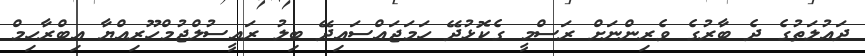
ދައުލަތުގެ ދެ ބާރުގެ ވެރިންނަށް ރަސްމީ ގެކޮޅުދޭ ހަމަޖައްސައިދޭ ބިލު ރައީސުލްޖުމްހޫރިއްޔާ އިބްރާހިމް